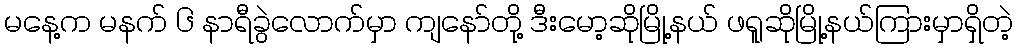
မနေ့က မနက် ၆ နာရီခွဲလောက်မှာ ကျနော်တို့ ဒီးမော့ဆိုမြို့နယ် ဖရူဆိုမြို့နယ်ကြားမှာရှိတဲ့